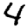
Digit: 4